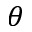
\theta